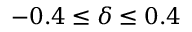
- 0 . 4 \leq \delta \leq 0 . 4